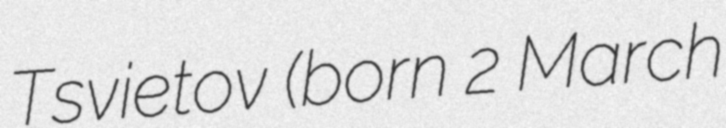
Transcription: Tsvietov (born 2 March